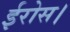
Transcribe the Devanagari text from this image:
ईरोस।